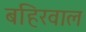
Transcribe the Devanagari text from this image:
बहिरवाल